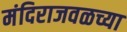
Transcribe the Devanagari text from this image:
मंदिराजवळच्या